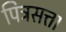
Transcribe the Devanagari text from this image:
पित्रसत्ता